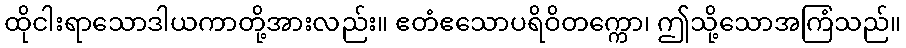
ထိုငါးရာသောဒါယကာတို့အားလည်း။ ဧတံဧသောပရိဝိတက္ကော၊ ဤသို့သောအကြံသည်။